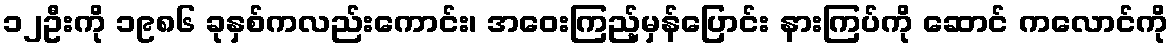
၁၂ဦးကို ၁၉၈၆ ခုနှစ်ကလည်းကောင်း၊ အဝေးကြည့်မှန်ပြောင်း နားကြပ်ကို ဆောင် ကလောင်ကို